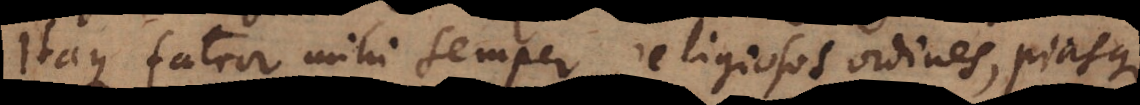
Itaque fateor mihi semper religiosos ordines, piasque